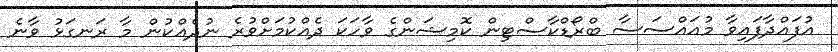
އުފައްދާފައިވާ މުއައްސަސާ ބްރޯޑްކާސްޓިން ކޮމިޝަންގެ ވާހަކަ ދެއްކުމަށްވުރެ ނުދެއްކުން މާ ރަނގަޅު ވާނެ